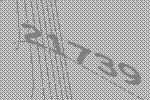
21739